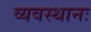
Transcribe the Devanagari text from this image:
व्यवस्थानः